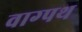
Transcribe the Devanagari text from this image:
वाग्पथ